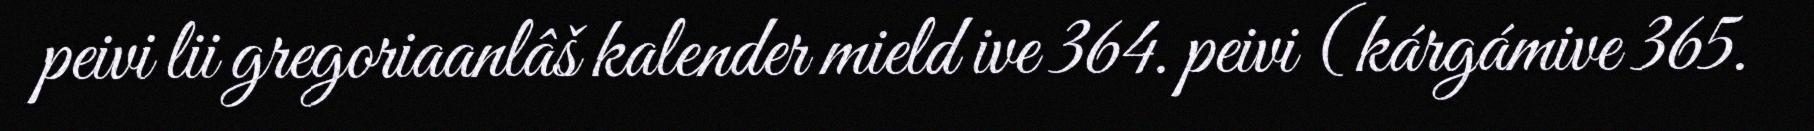
peivi lii gregoriaanlâš kalender mield ive 364. peivi (kárgámive 365.